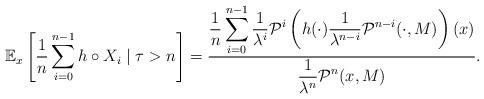
LaTeX: \begin{align*} \mathbb E_x\left[\frac{1}{n} \sum_{i=0}^{n-1}h\circ X_i \mid \tau > n\right] = \frac{\displaystyle \frac{1}{n}\sum_{i=0}^{n-1} \frac{1}{\lambda^i}\mathcal P^i\left(h(\cdot) \frac{1}{\lambda^{n-i}}\mathcal P^{n-i}(\cdot,M) \right)(x)}{\displaystyle \frac{1}{\lambda^n} \mathcal P^n(x,M)}. \end{align*}